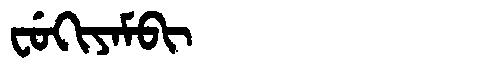
Manchu: ᠸᡠᡴᡳᠶᠠᠮᠪᡳ
Romanization: FUKIYAMBI